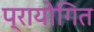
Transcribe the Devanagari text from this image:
प्रायोगित